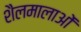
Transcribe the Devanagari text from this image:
शैलमालाओं